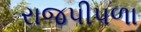
રાજપીપળા